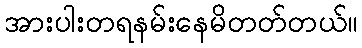
အားပါးတရနမ်းနေမိတတ်တယ်။